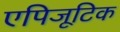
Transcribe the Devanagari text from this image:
एपिजूटिक